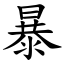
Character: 暴